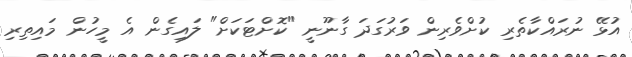
އުޅޭ ނުރައްކާތެރި ކުށްވެރިން ވަރުގަދަ ގާނޫނީ "ކޮށްޓަކަށް" ލައިގެން އެ މީހުން މައިތިރި